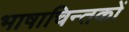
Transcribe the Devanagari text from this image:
भाषाचिन्तकों